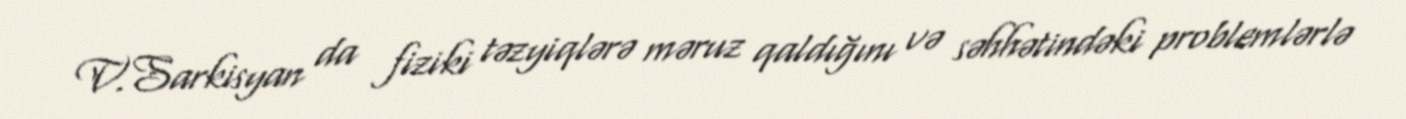
V.Sarkisyan da fiziki təzyiqlərə məruz qaldığını və səhhətindəki problemlərlə